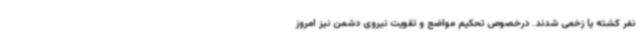
نفر کشته یا زخمی شدند. درخصوص تحکیم مواضع و تقویت نیروی دشمن نیز امروز